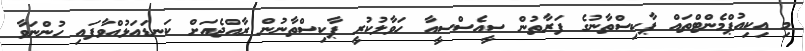
މި އިކިއުޕްމެންޓްތައް ޕާކިސްތާނުގެ ފަރާތުން ސީއެސްސީއާ ހަވާލުކުރީ ޕާކިސްތާނުން ރާއްޖެއަށް ކަނޑައަޅުއްވާފައި ހުންނަވާ